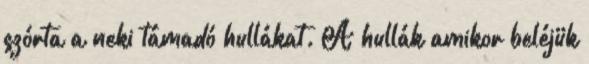
szórta a neki támadó hullákat. A hullák amikor beléjük